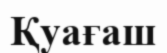
Қуағаш